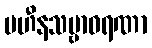
ပဟီနသဗ္ဗာဝရဏာ